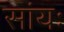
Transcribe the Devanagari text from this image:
सांयः